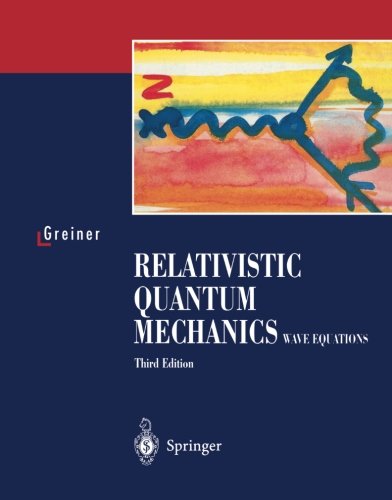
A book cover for Relativistic Quantum Mechanics. Wave Equations; Walter Greiner; Science & Math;